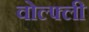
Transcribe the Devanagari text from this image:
वोल्फ्ली